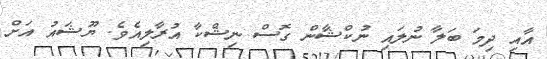
އާއި ދިމަ ބަލާ ނުލައި ނުކްޝާން ގޮސް ނިޝްކާ އުރާލިއެވެ. ޔޫޝައު އަށް